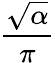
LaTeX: \frac{\sqrt{\alpha}}{\pi}